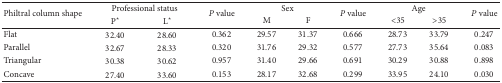
| <ROWSPAN=2> Philtral column shape | <COLSPAN=2> Professional status | <ROWSPAN=2> P value | <COLSPAN=2> Sex | <ROWSPAN=2> P value | <COLSPAN=2> Age | <ROWSPAN=2> P value |
 | P⋆ | L⋆ | M | F | <35 | >35 |
 | --- | --- | --- | --- | --- | --- | --- | --- | --- | --- |
 | Flat | 32.40 | 28.60 | 0.362 | 29.57 | 31.37 | 0.666 | 28.73 | 33.79 | 0.247 |
 | Parallel | 32.67 | 28.33 | 0.320 | 31.76 | 29.32 | 0.577 | 27.73 | 35.64 | 0.083 |
 | Triangular | 30.38 | 30.62 | 0.957 | 31.40 | 29.66 | 0.691 | 30.29 | 30.88 | 0.898 |
 | Concave | 27.40 | 33.60 | 0.153 | 28.17 | 32.68 | 0.299 | 33.95 | 24.10 | 0.030 |